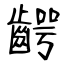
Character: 齶